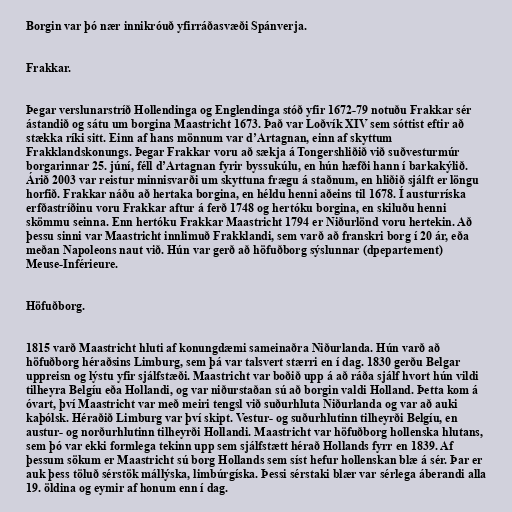
Borgin var þó nær innikróuð yfirráðasvæði Spánverja.

Frakkar.

Þegar verslunarstríð Hollendinga og Englendinga stóð yfir 1672-79 notuðu Frakkar sér
ástandið og sátu um borgina Maastricht 1673. Það var Loðvík XIV sem sóttist eftir að
stækka ríki sitt. Einn af hans mönnum var d’Artagnan, einn af skyttum
Frakklandskonungs. Þegar Frakkar voru að sækja á Tongershliðið við suðvesturmúr
borgarinnar 25. júní, féll d’Artagnan fyrir byssukúlu, en hún hæfði hann í barkakýlið.
Árið 2003 var reistur minnisvarði um skyttuna frægu á staðnum, en hliðið sjálft er löngu
horfið. Frakkar náðu að hertaka borgina, en héldu henni aðeins til 1678. Í austurríska
erfðastríðinu voru Frakkar aftur á ferð 1748 og hertóku borgina, en skiluðu henni
skömmu seinna. Enn hertóku Frakkar Maastricht 1794 er Niðurlönd voru hertekin. Að
þessu sinni var Maastricht innlimuð Frakklandi, sem varð að franskri borg í 20 ár, eða
meðan Napoleons naut við. Hún var gerð að höfuðborg sýslunnar (dpepartement)
Meuse-Inférieure.

Höfuðborg.

1815 varð Maastricht hluti af konungdæmi sameinaðra Niðurlanda. Hún varð að
höfuðborg héraðsins Limburg, sem þá var talsvert stærri en í dag. 1830 gerðu Belgar
uppreisn og lýstu yfir sjálfstæði. Maastricht var boðið upp á að ráða sjálf hvort hún vildi
tilheyra Belgíu eða Hollandi, og var niðurstaðan sú að borgin valdi Holland. Þetta kom á
óvart, því Maastricht var með meiri tengsl við suðurhluta Niðurlanda og var að auki
kaþólsk. Héraðið Limburg var því skipt. Vestur- og suðurhlutinn tilheyrði Belgíu, en
austur- og norðurhlutinn tilheyrði Hollandi. Maastricht var höfuðborg hollenska hlutans,
sem þó var ekki formlega tekinn upp sem sjálfstætt hérað Hollands fyrr en 1839. Af
þessum sökum er Maastricht sú borg Hollands sem síst hefur hollenskan blæ á sér. Þar er
auk þess töluð sérstök mállýska, limbúrgíska. Þessi sérstaki blær var sérlega áberandi alla
19. öldina og eymir af honum enn í dag.